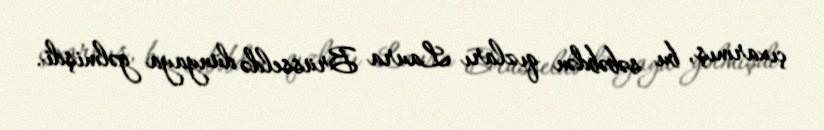
çıxarmış, bu səbəbdən qızları Laura Brüsseldə dünyaya gəlmişdi.